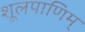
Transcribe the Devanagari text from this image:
शूलपाणिम्